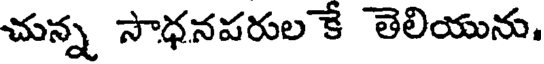
చున్న సాధనపరుల కే తెలియును.